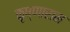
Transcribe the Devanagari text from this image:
कृष्णाराम